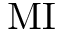
\mathrm { M I }